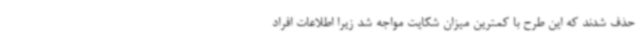
حذف شدند که این طرح با کمترین میزان شکایت مواجه شد زیرا اطلاعات افراد